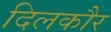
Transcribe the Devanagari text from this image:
दिलकौर